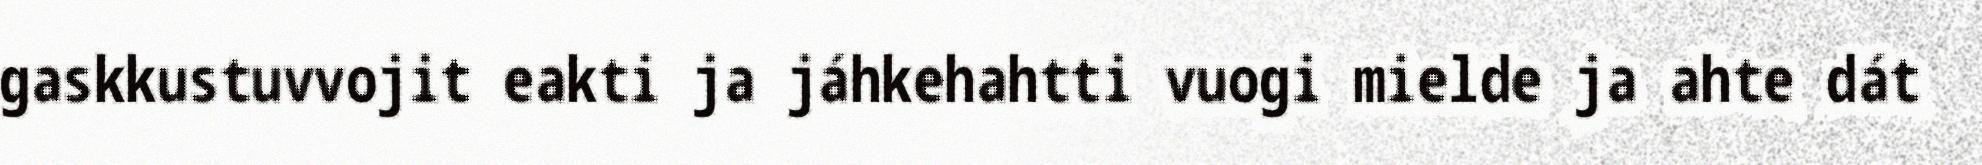
gaskkustuvvojit eakti ja jáhkehahtti vuogi mielde ja ahte dát